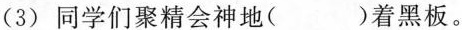
(3) 同学们聚精会神地( )着黑板。